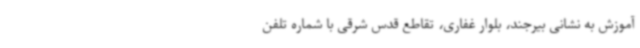
آموزش به نشانی بیرجند، بلوار غفاری، تقاطع قدس شرقی با شماره تلفن